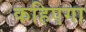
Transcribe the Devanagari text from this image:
कहिएगा